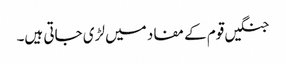
جنگیں قوم کے مفاد میں لڑی جاتی ہیں۔